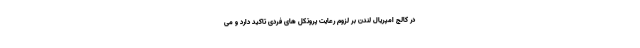
در کالج امپریال لندن بر لزوم رعایت پروتکل های فردی تاکید دارد و می